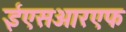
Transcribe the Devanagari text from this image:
ईएसआरएफ